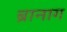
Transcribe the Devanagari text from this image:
ब्रानाग